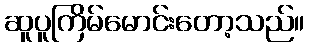
ဆူပူကြိမ်မောင်းတော့သည်။